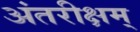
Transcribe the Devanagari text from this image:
अंतरीक्षम्